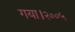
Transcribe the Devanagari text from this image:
गया।२००५